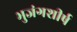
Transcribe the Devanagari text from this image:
भुजंगशीर्ष